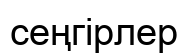
сеңгірлер